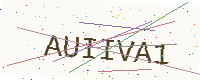
Text: AUIIVA1